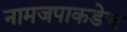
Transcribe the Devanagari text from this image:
नामजपाकडेच